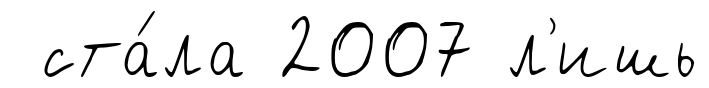
ста́ла 2007 л'ишь